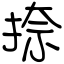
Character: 捺